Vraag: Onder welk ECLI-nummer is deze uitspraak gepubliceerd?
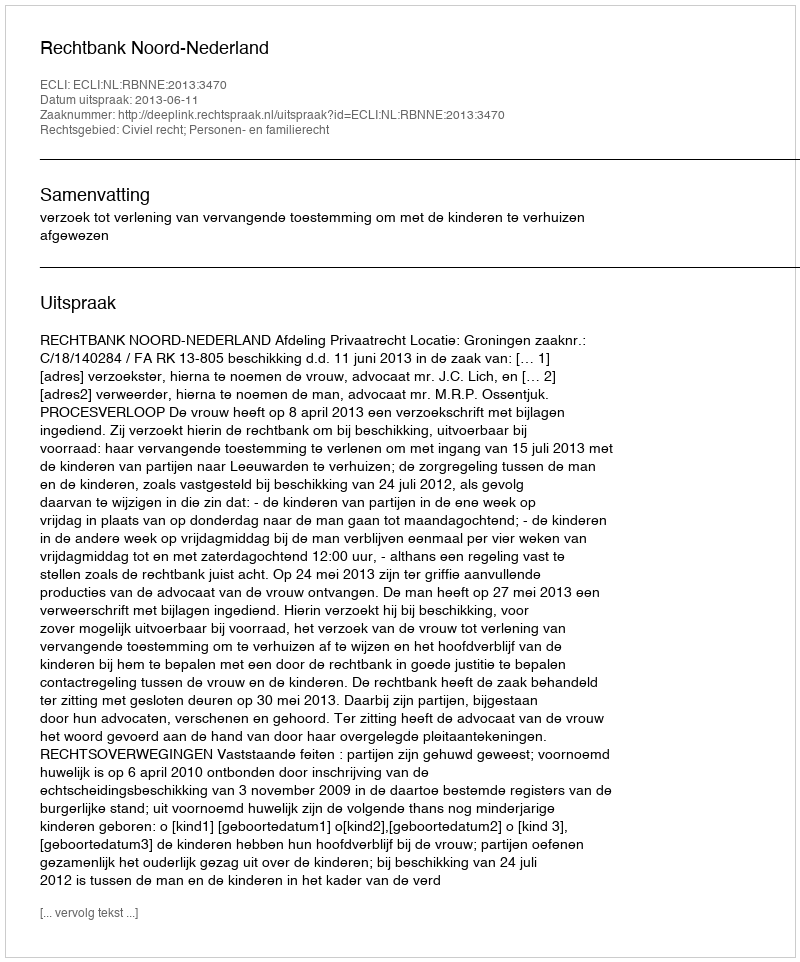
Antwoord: ECLI:NL:RBNNE:2013:3470